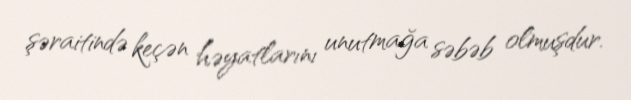
şəraitində keçən həyatlarını unutmağa səbəb olmuşdur.